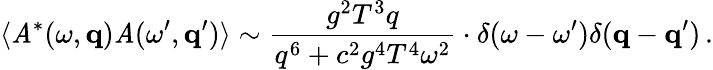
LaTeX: \langle\mathit{A}^{*}(\omega,{\mathbf{q}})\mathit{A}(\omega^{\prime},{\mathbf{q}}^{\prime})\rangle\sim{\frac{{g^{2}T^{3}q}}{{q^{6}+c^{2}g^{4}T^{4}\omega^{2}}}}\cdot\delta(\omega-\omega^{\prime})\delta({\mathbf{q}}-{\mathbf{q}}^{\prime})\, .